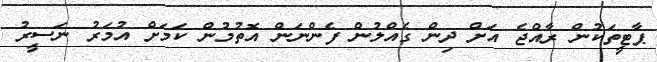
ޕާޓީތަކުން ރާއްޖެ އަށް ދިން ގެއްލުން ފެންނަން އޮތުމުން ކަމަށް އުމަރު ނަސީރު